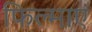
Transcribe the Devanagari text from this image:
फिल्माएं